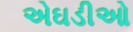
એઘડીઓ